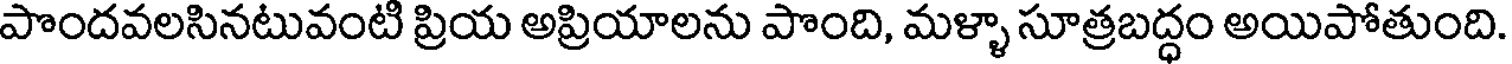
పొందవలసినటువంటి ప్రియ అప్రియాలను పొంది, మళ్ళా సూత్రబద్ధం అయిపోతుంది.